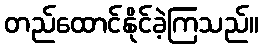
တည်ထောင်နိုင်ခဲ့ကြသည်။